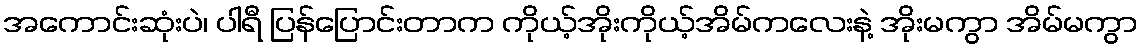
အကောင်းဆုံးပဲ၊ ပါရီ ပြန်ပြောင်းတာက ကိုယ့်အိုးကိုယ့်အိမ်ကလေးနဲ့ အိုးမကွာ အိမ်မကွာ